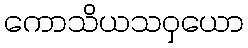
ကောသိယသဝှယော